Indian Civil Veterinary Department memoirs
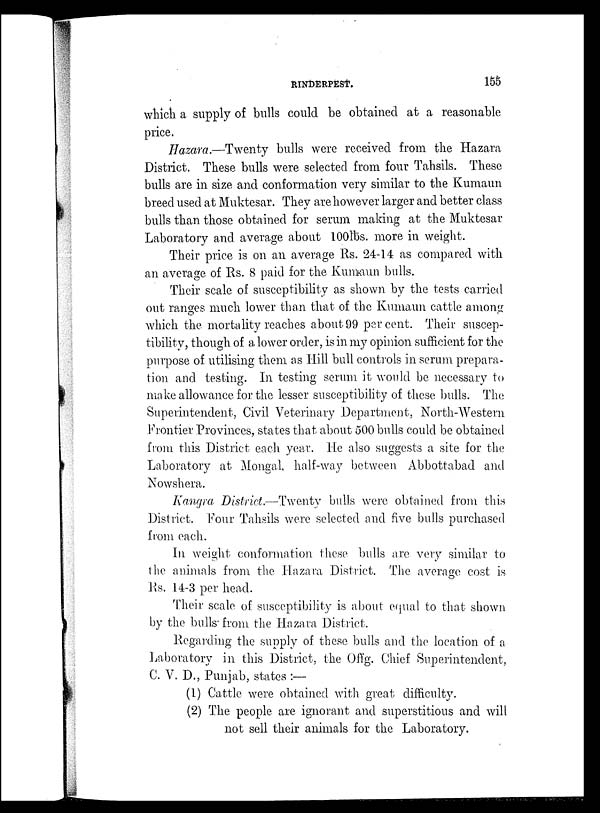
RINDERPEST
155
which a supply of bulls could be obtained at a reasonable
price.
Hazara.—Twenty bulls were received from the Hazara
District. These bulls were selected from four Tahsils. These
bulls are in size and conformation very similar to the Kumaun
breed used at Muktesar. They are however larger and better class
bulls than those obtained for serum making at the Muktesar
Laboratory and average about 100lbs. more in weight.
Their price is on an average Rs. 24-14 as compared with
an average of Rs. 8 paid for the Kumaun bulls.
Their scale of susceptibility as shown by the tests carried
out ranges much lower than that of the Kumaun cattle among
which the mortality reaches about 99 per cent. Their suscep-
tibility, though of a lower order, is in my opinion sufficient for the
purpose of utilising them as Hill bull controls in serum prepara-
tion and testing. In testing serum it would be necessary to
make allowance for the lesser susceptibility of these bulls. The
Superintendent, Civil Veterinary Department, North-Western
Frontier Provinces, states that about 500 bulls could be obtained
from this District each year. He also suggests a site for the
Laboratory at Mongal, half-way between Abbottabad and
Nowshera.
Kangra District.—Twenty bulls were obtained from this
District. Four Tahsils were selected and five bulls purchased
from each.
In weight conformation these bulls are very similar to
the animals from the Hazara District. The average cost is
Rs. 14-3 per head.
Their scale of susceptibility is about equal to that shown
by the bulls from the Hazara District.
Regarding the supply of these bulls and the location of a
Laboratory in this District, the Offg. Chief Superintendent,
C. V. D., Punjab, states:—
(1) Cattle were obtained with great difficulty.
(2) The people are ignorant and superstitious and will
not sell their animals for the Laboratory.